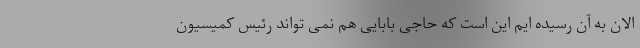
الان به آن رسیده ایم این است که حاجی بابایی هم نمی تواند رئیس کمیسیون